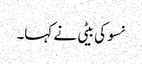
نسو کی بیٹی نے کہا۔